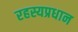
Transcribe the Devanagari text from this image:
रहस्यप्रधान